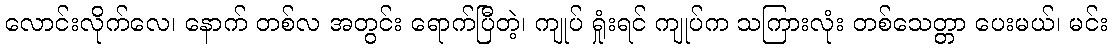
လောင်းလိုက်လေ၊ နောက် တစ်လ အတွင်း ရောက်ပြီတဲ့၊ ကျုပ် ရှုံးရင် ကျုပ်က သကြားလုံး တစ်သေတ္တာ ပေးမယ်၊ မင်း